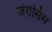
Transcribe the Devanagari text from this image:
जेरोसिस